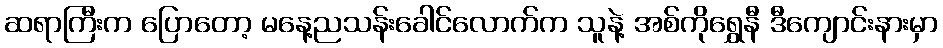
ဆရာကြီးက ပြောတော့ မနေ့ညသန်းခေါင်လောက်က သူနဲ့ အစ်ကိုရွှေနီ ဒီကျောင်းနားမှာ